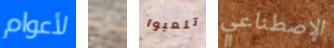
لأعوام ان تلعبوا الإصطناعي